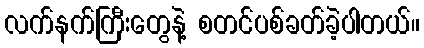
လက်နက်ကြီးတွေနဲ့ စတင်ပစ်ခတ်ခဲ့ပါတယ်။